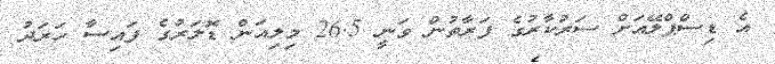
އެ ޑިސްޕްލޭއަށް ސަރުކާރުގެ ފަރާތުން ވަނީ 26.5 މިލިއަން ޑޮލަރުގެ ފައިސާ ހަރަދު